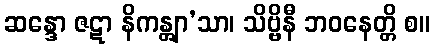
ဆန္ဒော ဇဋာ နိကန္တျာ’သာ၊ သိဗ္ဗိနီ ဘဝနေတ္တိ စ။